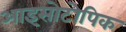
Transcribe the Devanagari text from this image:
आइसोटोपिक